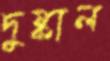
দুষ্কাল